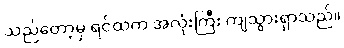
သည်တော့မှ ရင်ထဲက အလုံးကြီး ကျသွားရှာသည်။